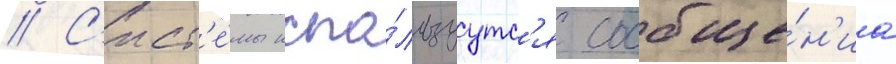
// С'ист'е́мы испо́льзуутс'я сообще́н'иа